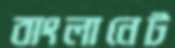
বাংলানেট